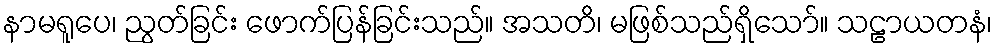
နာမရူပေ၊ ညွတ်ခြင်း ဖောက်ပြန်ခြင်းသည်။ အသတိ၊ မဖြစ်သည်ရှိသော်။ သဠာယတနံ၊